system: You are a helpful assistant.
user:
Analyze the provided spectrum to determine if it is a **"Cataclysmic Variables (CV)"**.

- **Key Indicators for CV (Check for either state):**
    - **State 1: Quiescent / Low-State (Emission-Dominated)**
        - **(Primary):** Strong and *very broad* Hydrogen Balmer emission lines (e.g., $H\alpha$ at 6563 Å, $H\beta$ at 4861 Å). The 'broadness' (high velocity dispersion, often FWHM > 1000 km/s) is the key diagnostic, indicating a high-velocity accretion disk.
        - **(Secondary):** Broad neutral Helium (He I) emission lines (e.g., 5876 Å, 6678 Å).
        - **(Key Confirmation):** Presence of high-excitation *ionized* Helium (He II) emission at 4686 Å. This is a strong indicator of accretion onto a white dwarf.
        - **(Line Profile):** Emission lines may exhibit a 'double-peaked' profile, which is a classic signature of a rotating accretion disk viewed at high inclination.

    - **State 2: Outburst / High-State (Absorption-Dominated)**
        - **(Primary):** Spectrum is dominated by a bright, blue continuum (looks like a hot star).
        - **(Secondary):** The emission lines from State 1 are weak, absent, or 'filled in', and are replaced by broad, shallow *absorption* lines (primarily Balmer and He I).
        - **(Morphology):** The overall spectrum mimics a hot B/A-type star. The crucial difference is that the absorption lines are significantly broader, shallower, and more 'washed-out' (or 'smeared') than the sharp lines of a normal stellar photosphere, due to high rotational speeds and pressure broadening in the disk.

Think first, call **spectral_visualization_tool** if needed to examine features in detail, then provide your final answer. Your response must adhere to the following strict rules:
1.  **Overall Structure:** Your response must follow the format `<think>...</think> <tool_call>...</tool_call> (if a tool is used) <answer>...</answer>`.
2.  **Tool Usage Constraint:** You may only make **one** tool call per turn.
3.  **Final Answer Format:** In the `<answer>` tag, your conclusion must be inside a `\boxed{}` command (e.g., `\boxed{YES}`), followed by your justification.

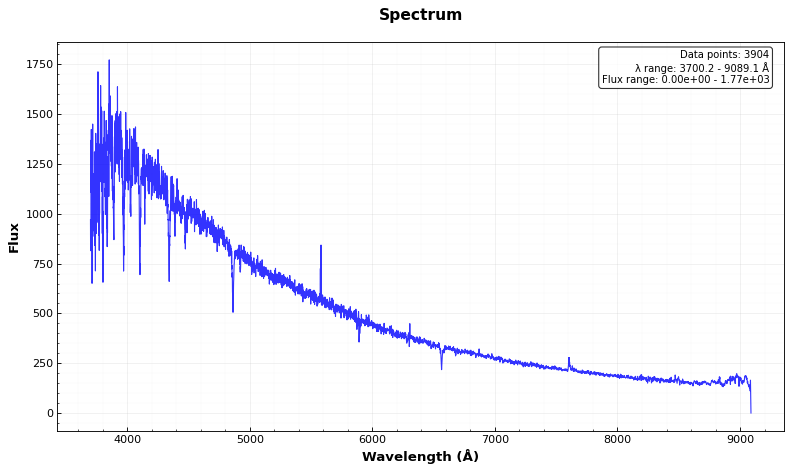
Answer: NO